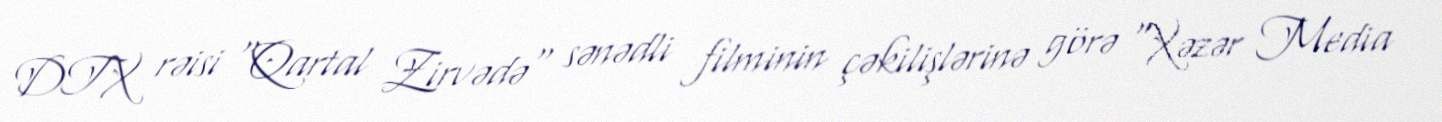
DTX rəisi "Qartal Zirvədə" sənədli filminin çəkilişlərinə görə “Xəzər Media